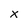
Character: X